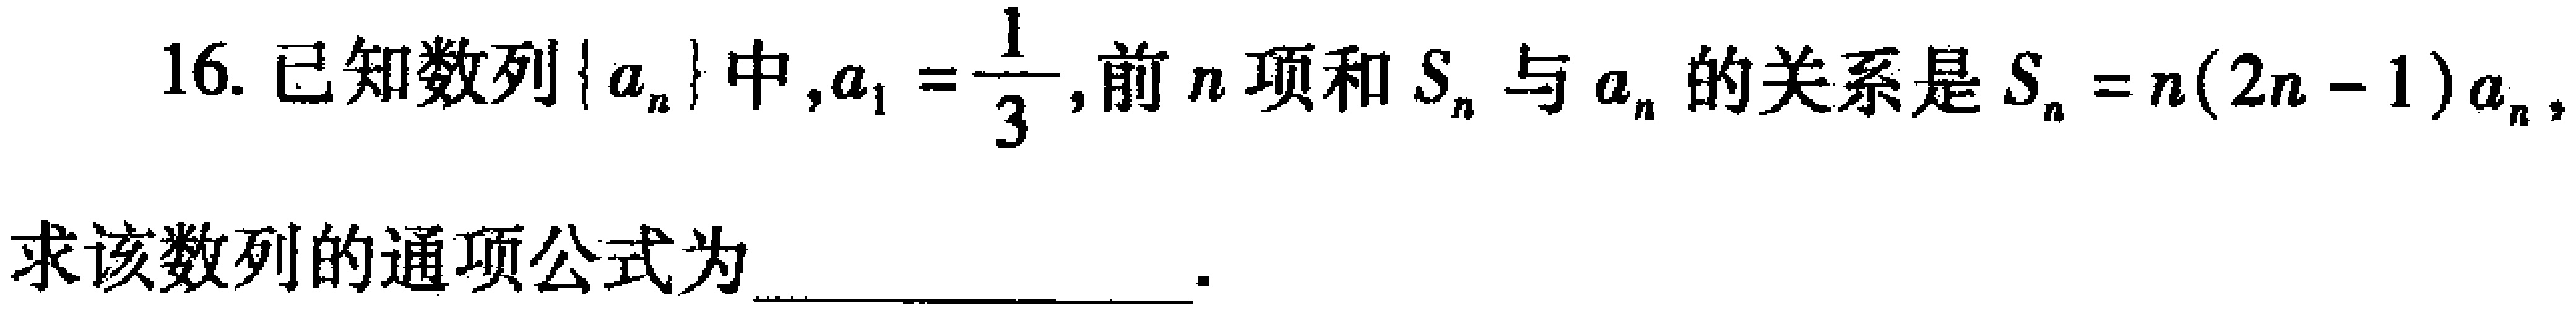
16. 已知数列\(\{ a_{n}\}\)中，\(a_{1}=\dfrac{1}{3}\)，前\(n\)项和\(S_{n}\)与\(a_{n}\)的关系是\(S_{n}=n(2n - 1)a_{n}\)，

求该数列的通项公式为  ．